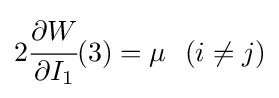
2{\cfrac {\partial W}{\partial I_{1}}}(3)=\mu ~~(i\neq j)